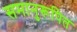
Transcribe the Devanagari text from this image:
समानुरूपित